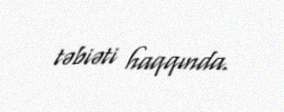
təbiəti haqqında.